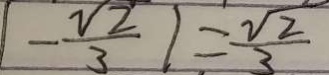
\vert - \frac { \sqrt { 2 } } { 3 } \vert = \frac { \sqrt { 2 } } { 3 }